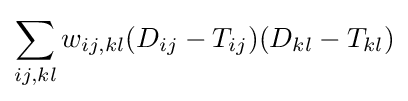
\sum _{ij,kl}w_{ij,kl}(D_{ij}-T_{ij})(D_{kl}-T_{kl})